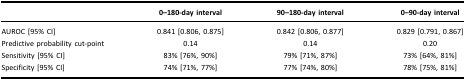
|  | 0–180-day interval | 90–180-day interval | 0–90-day interval |
 | --- | --- | --- | --- |
 | AUROC [95% CI] | 0.841 [0.806, 0.875] | 0.842 [0.806, 0.877] | 0.829 [0.791, 0.867] |
 | Predictive probability cut-point | 0.14 | 0.14 | 0.20 |
 | Sensitivity [95% CI] | 83% [76%, 90%] | 79% [71%, 87%] | 73% [64%, 81%] |
 | Specificity [95% CI] | 74% [71%, 77%] | 77% [74%, 80%] | 78% [75%, 81%] |